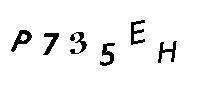
P735EH